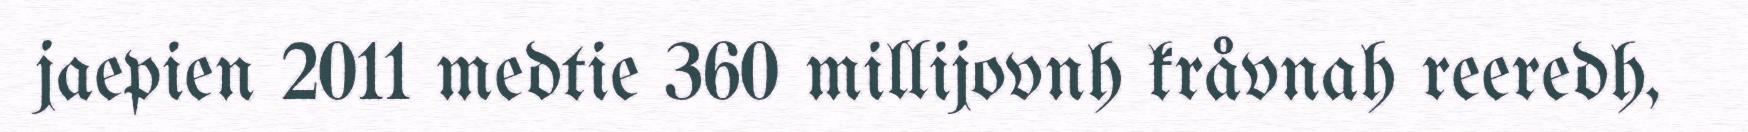
jaepien 2011 medtie 360 millijovnh kråvnah reeredh,